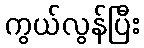
ကွယ်လွန်ပြီး